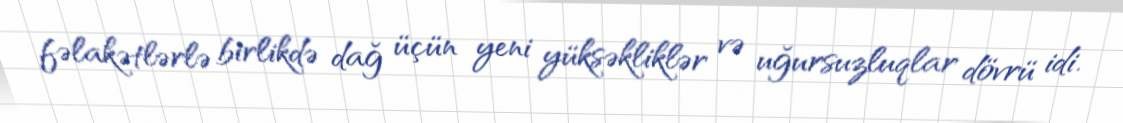
fəlakətlərlə birlikdə dağ üçün yeni yüksəkliklər və uğursuzluqlar dövrü idi.